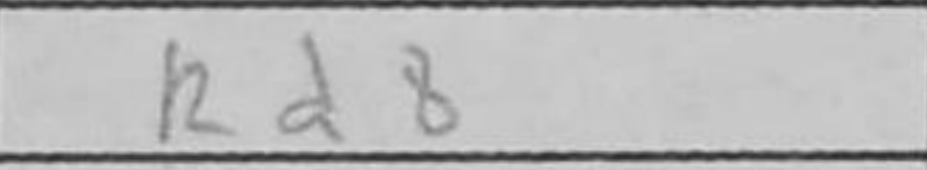
Transcription: Rd8